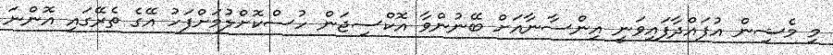
މި މެޝިން އުފައްދާފައިވަނީ އިންސާނާއަށް ބޭނުންވާ އޮކްސިޖަން ހުސްކޮށްލުމަށްފަހު އޭގެ ތެރޭގައި އޮންނަ